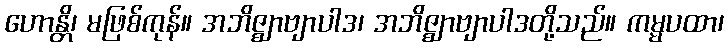
ဟောန္တိ၊ မဖြစ်ကုန်။ အဘိဇ္ဈာဗျာပါဒ၊ အဘိဇ္ဈာဗျာပါဒတို့သည်။ ကမ္မပထာ၊